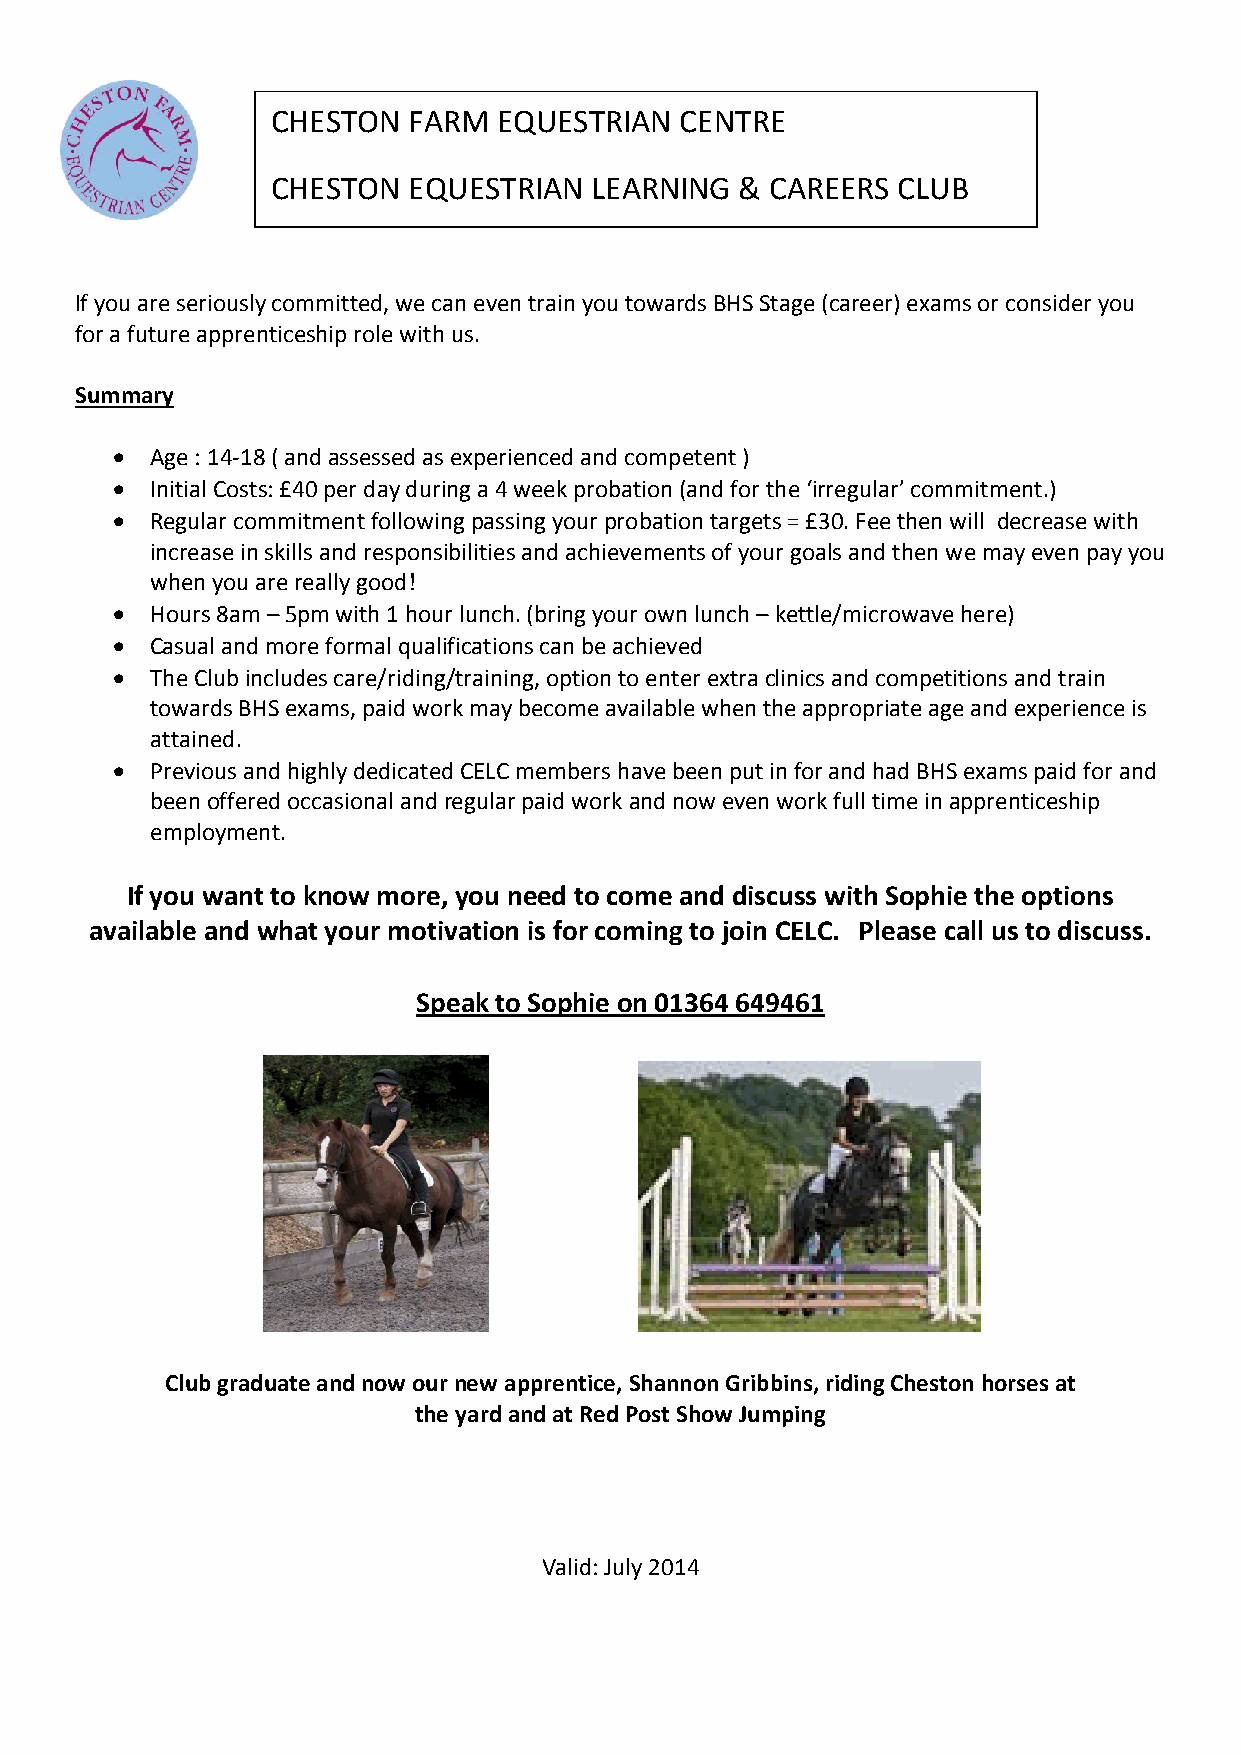
CHESTON  FARM  EQUESTRIAN  CENTRE
 CHESTON  EQUESTRIAN  LEARNING  & CAREERS CLUB
 If you are seriously committed, we can even train you towards BHS Stage (career) exams or consider you
 for a future apprenticeship role with us.
 Summary
   Age : 14-18 ( and assessed as experienced and competent )
   Initial Costs: £40 per day during a 4 week probation (and for the ‘irregular’ commitment.)
   Regular commitment following passing your probation targets = £30. Fee then will decrease with
 increase in skills and responsibilities and achievements of your goals and then we may even pay you
 when you are really good!
   Hours 8am – 5pm with 1 hour lunch. (bring your own lunch – kettle/microwave here)
   Casual and more formal qualifications can be achieved
   The Club includes care/riding/training, option to enter extra clinics and competitions and train
 towards BHS exams, paid work may become available when the appropriate age and experience is
 attained.
   Previous and highly dedicated CELC members have been put in for and had BHS exams paid for and
 been offered occasional and regular paid work and now even work full time in apprenticeship
 employment.
 If you want to know more, you need to come and discuss with Sophie the options
 available and what your motivation is for coming to join CELC. Please call us to discuss.
 Speak to Sophie on 01364 649461
 Club graduate and now our new apprentice, Shannon Gribbins, riding Cheston horses at
 the yard and at Red Post Show Jumping
 Valid: July 2014